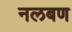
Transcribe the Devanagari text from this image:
नलबण